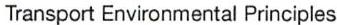
Transport Environmental Principles